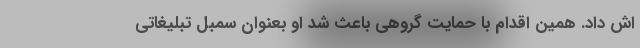
اش داد. همین اقدام با حمایت گروهی باعث شد او بعنوان سمبل تبلیغاتی